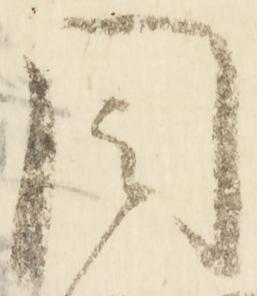
目